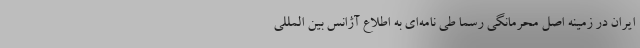
ایران در زمینه اصل محرمانگی رسما طی نامه‌ای به اطلاع آژانس بین المللی